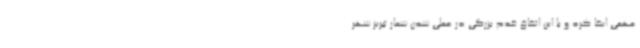
مهمی ایفا کرد و با این اتفاق قدم بزرگی در عملی شدن شعار تبریز شهر